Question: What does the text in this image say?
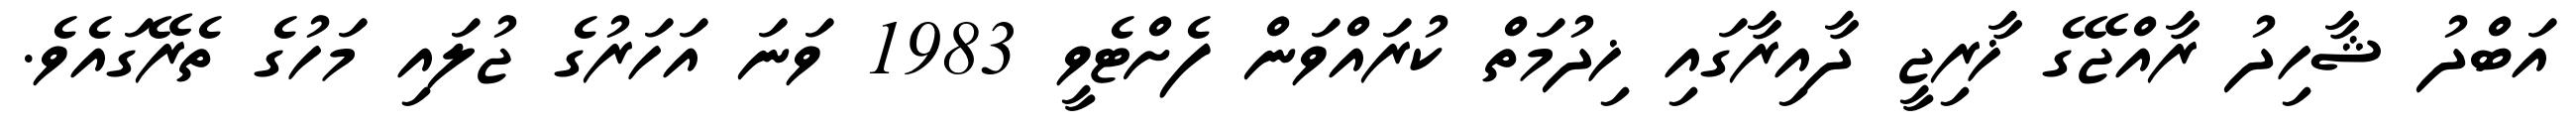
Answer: އަބްދު ޝާހިދު ރާއްޖޭގެ ޚާރިޖީ ދާއިރާގައި ޚިދުމަތް ކުރައްވަން ފެށްޓެވީ 1983 ވަނަ އަހަރުގެ ޖުލައި މަހުގެ ތެރޭގައެވެ.